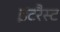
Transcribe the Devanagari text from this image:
इंटरैस्ट